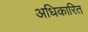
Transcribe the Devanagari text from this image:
अधिकारित